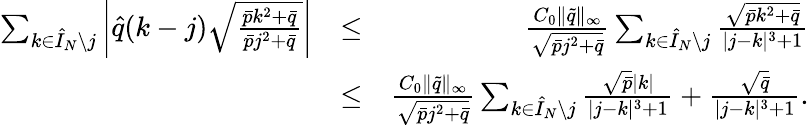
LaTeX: \begin{array}{rlr}{\sum_{k\in\hat{I}_{N}\setminus j}\left|\hat{q}(k-j)\sqrt{\frac{\bar{p}k^{2}+\bar{q}}{\bar{p}j^{2}+\bar{q}}}\right|}&{\leq}&{\frac{C_{0}\| \tilde{q}\| _{\infty}}{\sqrt{\bar{p}j^{2}+\bar{q}}}\sum_{k\in\hat{I}_{N}\setminus j}\frac{\sqrt{\bar{p}k^{2}+\bar{q}}}{|j-k|^{3}+1}}\\ &{\leq}&{\frac{C_{0}\| \tilde{q}\| _{\infty}}{\sqrt{\bar{p}j^{2}+\bar{q}}}\sum_{k\in\hat{I}_{N}\setminus j}\frac{\sqrt{\bar{p}}|k|}{|j-k|^{3}+1}+\frac{\sqrt{\bar{q}}}{|j-k|^{3}+1}.}\end{array}